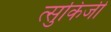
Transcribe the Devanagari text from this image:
त्सुकिजी